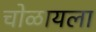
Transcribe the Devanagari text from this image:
चोळायला